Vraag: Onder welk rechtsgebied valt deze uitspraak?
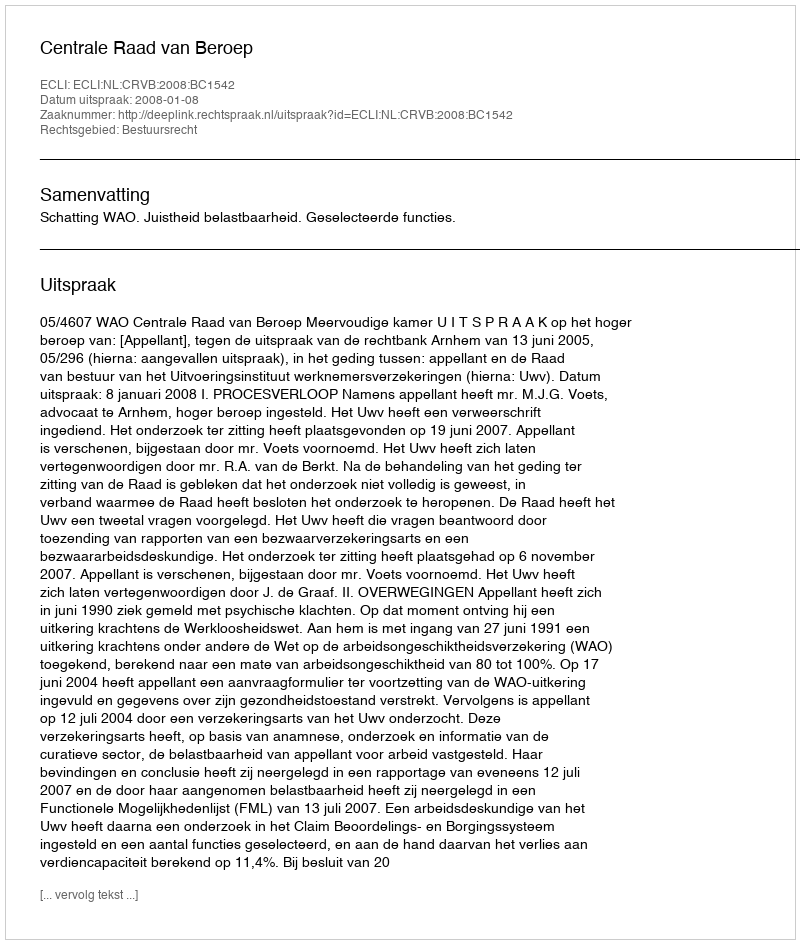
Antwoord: Bestuursrecht